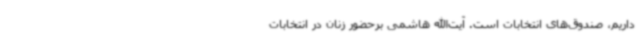
داریم، صندوق‌های انتخابات است. آیت‌الله هاشمی برحضور زنان در انتخابات